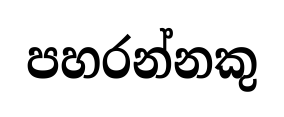
පහරන්නකු